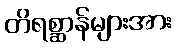
တိရစ္ဆာန်များအား